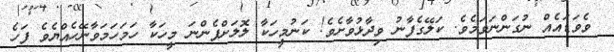
ވެވަޑައެއް ނުގަންނަވަމެވެ. ކަލޭގެފާނު ވިދާޅުވާށެވެ! ކަނުމީހަކާ ލޮލަށްފެންނަ މީހަކާ ހަމަހަމަވާނޭހެއްޔެވެ ފަހެ